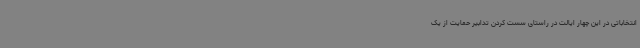
انتخاباتی در این چهار ایالت در راستای سست کردن تدابیر حمایت از یک